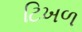
ટિખળ